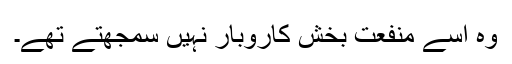
وہ اسے منفعت بخش کاروبار نہیں سمجھتے تھے۔